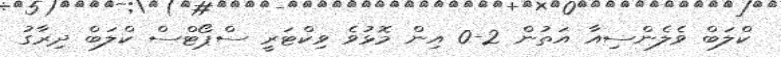
ކްލަބް ވެލެންސިއާ އަތުން 2-0 އިން މޮޅުވެ ވިކްޓަރީ ސްޕޯޓްސް ކްލަބް ދިރާގު